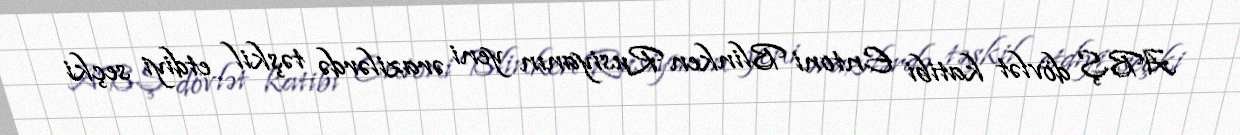
ABŞ dövlət katibi Entoni Blinken Rusiyanın yeni ərazilərdə təşkil etdiyi seçki